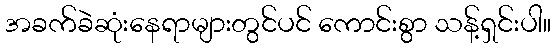
အခက်ခဲဆုံးနေရာများတွင်ပင် ကောင်းစွာ သန့်ရှင်းပါ။